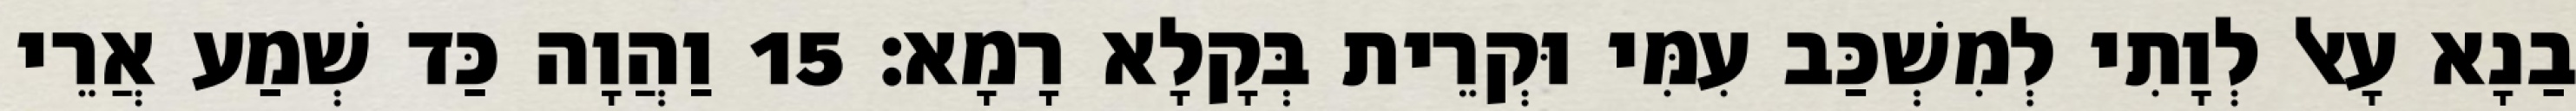
בַנָא עָאל לְוָתִי לְמִשְׁכַּב עִמִּי וּקְרֵית בְּקָלָא רָמָא׃ 15 וַהֲוָה כַּד שְׁמַע אֲרֵי